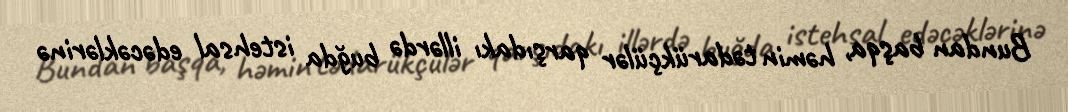
Bundan başqa, həmin tədarükçülər qarşıdakı illərdə buğda istehsal edəcəklərinə